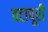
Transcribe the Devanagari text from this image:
वटापूरी